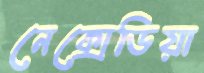
নেক্সেডিয়া